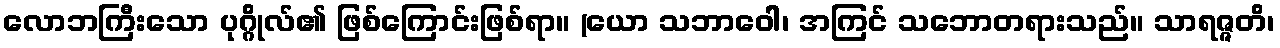
လောဘကြီးသော ပုဂ္ဂိုလ်၏ ဖြစ်ကြောင်းဖြစ်ရာ။ (ယော သဘာဝေါ၊ အကြင် သဘောတရားသည်။ သာရဇ္ဇတိ၊